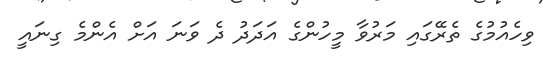
ވިހެއުމުގެ ތެރޭގައި މަރުވާ މީހުންގެ އަދަދު ދެ ވަނަ އަށް އެންމެ ގިނައީ